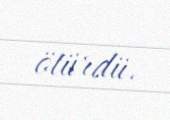
ötürdü.